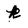
Character: k